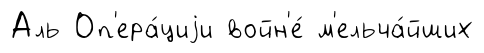
Аль Оп'ера́циjи войн'е́ м'ельча́йших